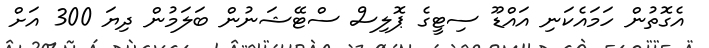
އެގޮތުން ހަމައެކަނި އައްޑޫ ސިޓީގެ ޕޮލިސް ސްޓޭޝަނުން ބަލަމުން ދިޔަ 300 އަށް